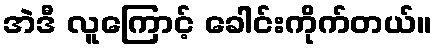
အဲဒီ လူကြောင့် ခေါင်းကိုက်တယ်။